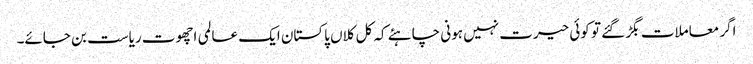
اگر معاملات بگڑ گئے تو کوئی حیرت نہیں ہونی چاہئے کہ کل کلاں پاکستان ایک عالمی اچھوت ریاست بن جائے۔